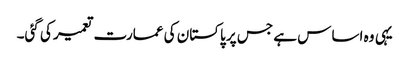
یہی وہ اساس ہے جس پر پاکستان کی عمارت تعمیر کی گئی۔